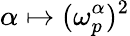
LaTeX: \alpha\mapsto(\omega_{p}^{\alpha})^{2}